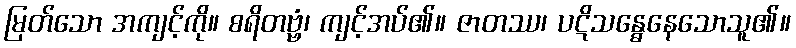
မြတ်သော အကျင့်ကို။ စရိတဗ္ဗံ၊ ကျင့်အပ်၏။ ဇာတဿ၊ ပဋိသန္ဓေနေသောသူ၏။